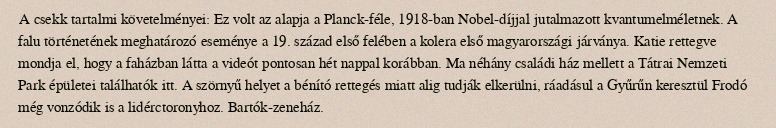
A csekk tartalmi követelményei: Ez volt az alapja a Planck-féle, 1918-ban Nobel-díjjal jutalmazott kvantumelméletnek. A falu történetének meghatározó eseménye a 19. század első felében a kolera első magyarországi járványa. Katie rettegve mondja el, hogy a faházban látta a videót pontosan hét nappal korábban. Ma néhány családi ház mellett a Tátrai Nemzeti Park épületei találhatók itt. A szörnyű helyet a bénító rettegés miatt alig tudják elkerülni, ráadásul a Gyűrűn keresztül Frodó még vonzódik is a lidérctoronyhoz. Bartók-zeneház.